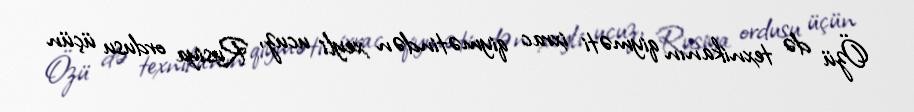
Özü də texnikanın qiyməti ixrac qiymətindən xeyli ucuz, Rusiya ordusu üçün